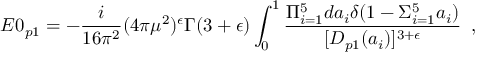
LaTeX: E 0 _ { p 1 } = - { \frac { i } { 1 6 \pi ^ { 2 } } } ( 4 \pi \mu ^ { 2 } ) ^ { \epsilon } \Gamma ( 3 + \epsilon ) \int _ { 0 } ^ { 1 } { \frac { \Pi _ { i = 1 } ^ { 5 } d a _ { i } \delta ( 1 - \Sigma _ { i = 1 } ^ { 5 } a _ { i } ) } { [ { \cal D } _ { p 1 } ( a _ { i } ) ] ^ { 3 + \epsilon } } } \, \, \, ,